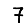
Digit: 7